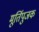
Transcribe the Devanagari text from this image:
मूर्तिपुजक